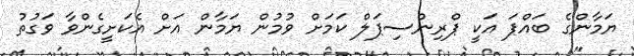
ޔަމާންގެ ބައްޕަ އަކީ ޕްރިންސިޕަލް ކަމަށް ވުމުން ޔަމާން އަށް އެކަށީގެންވާ ވަގުތު